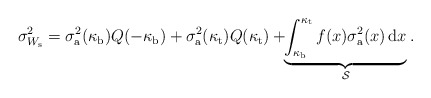
\begin{align*}\sigma_{W_{\rm s}}^2=\sigma_{\rm a}^2(\kappa_{\rm b})Q(-\kappa_{\rm b})+\sigma_{\rm a}^2(\kappa_{\rm t})Q(\kappa_{\rm t})+\!\!\underbrace{\int_{\kappa_{\rm b}}^{\kappa_{\rm t}}f(x) \sigma_{\rm a}^2(x)\, \mathrm{d}x}_{\mathcal{S}}.\end{align*}